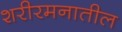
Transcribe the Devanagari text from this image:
शरीरमनातील